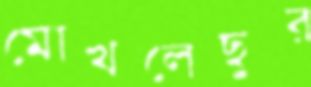
মোখলেছুর